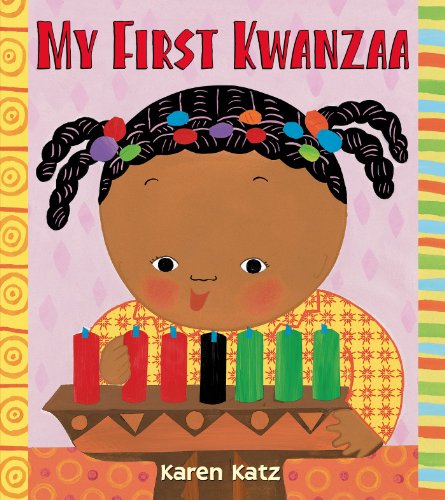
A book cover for My First Kwanzaa (My First Holiday); Karen Katz; Children's Books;